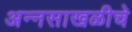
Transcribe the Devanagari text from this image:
अन्नसाखळीचे